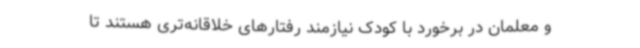
و معلمان در برخورد با کودک نیازمند رفتارهای خلاقانه‌تری هستند تا